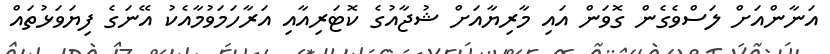
އަނާންއަށް ލަސްވެގެން ގޮވަން އައި މާރިޔާއަށް ޝުޖާއުގެ ކޮޓަރިއާއި އަރާހަމަވުމާއެކު އޭނަގެ ފިޔަވަޅުތައް